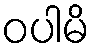
ဝပါမိ